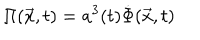
\Pi ( \vec { x } , t ) = a ^ { 3 } ( t ) \dot { \Phi } ( \vec { x } , t )